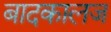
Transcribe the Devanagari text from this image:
बादकालज